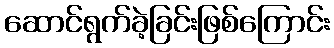
ဆောင်ရွက်ခဲ့ခြင်းဖြစ်ကြောင်း